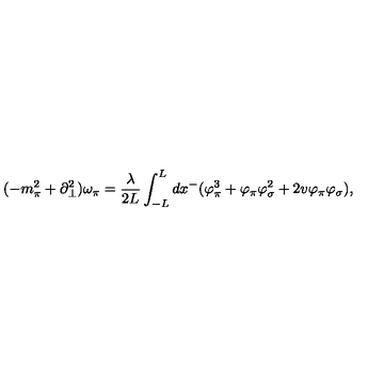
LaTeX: ( - m _ { \pi } ^ { 2 } + \partial _ { \bot } ^ { 2 } ) \omega _ { \pi } = \frac { \lambda } { 2 L } \int _ { - L } ^ { L } d x ^ { - } ( \varphi _ { \pi } ^ { 3 } + \varphi _ { \pi } \varphi _ { \sigma } ^ { 2 } + 2 v \varphi _ { \pi } \varphi _ { \sigma } ) ,